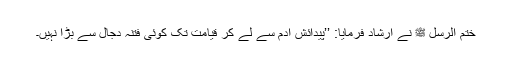
ختم الرسل ﷺ نے ارشاد فرمایا: ’’پیدائش آدم سے لے کر قیامت تک کوئی فتنہ دجال سے بڑا نہیں۔